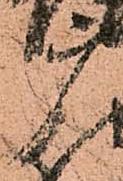
广